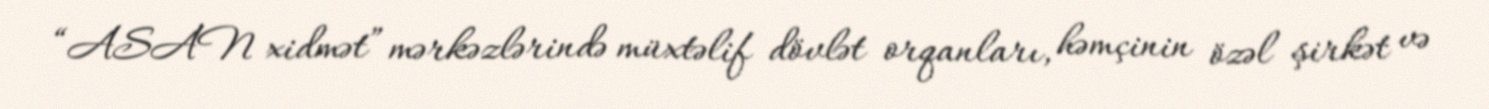
“ASAN xidmət” mərkəzlərində müxtəlif dövlət orqanları, həmçinin özəl şirkət və